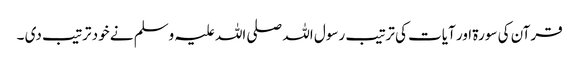
قرآن کی سورۃ‌ اور آیات کی ترتیب رسول اللہ صلی اللہ علیہ وسلم نے خود ترتیب دی ۔